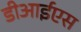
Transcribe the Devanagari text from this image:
डीआईएस